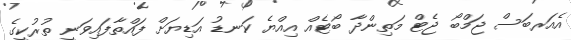
އެއަރބަސް ޖަމްބޯ ޖެޓް މަތިންދާ ބޯޓެއް އިއްޔެ ކަނޑު އަޑިޔަށް ފައްތާފައިވަނީ ތުރުކީގެ